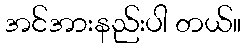
အင်အားနည်းပါ တယ်။